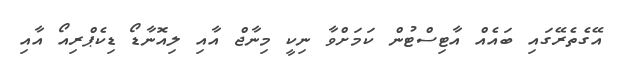
އޭގެތެރޭގައި ބައެއް އާޓިސްޓުން ކަމަށްވާ ނިކީ މިނާޖް އާއި ލިއޮނާޑޯ ޑިކެޕްރިއޯ އާއި